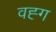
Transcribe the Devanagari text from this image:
वह्ग